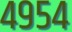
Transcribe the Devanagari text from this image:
४९५४